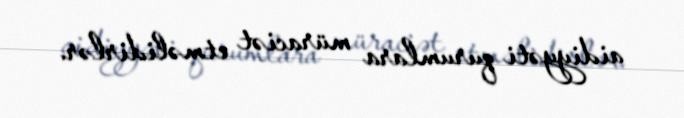
aidiyyəti qurumlara müraciət etməlidirlər.